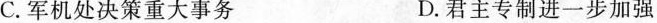
C.军机处决策重大事务 D.君主专制进一步加强